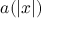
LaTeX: a ( \left\vert x \right\vert )